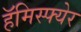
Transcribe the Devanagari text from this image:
हॅमिस्फ्येर